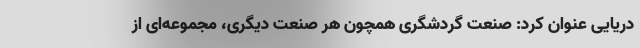
دریایی عنوان کرد: صنعت گردشگری همچون هر صنعت دیگری، مجموعه‌­ای از